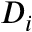
D _ { i }